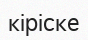
кіріске